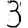
Digit: 3